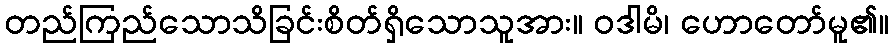
တည်ကြည်သောသိခြင်းစိတ်ရှိသောသူအား။ ဝဒါမိ၊ ဟောတော်မူ၏။